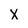
Character: X